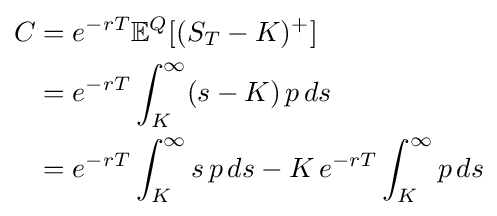
{\begin{aligned}C&=e^{-rT}\mathbb {E} ^{Q}[(S_{T}-K)^{+}]\\&=e^{-rT}\int _{K}^{\infty }(s-K)\,p\,ds\\&=e^{-rT}\int _{K}^{\infty }s\,p\,ds-K\,e^{-rT}\int _{K}^{\infty }p\,ds\end{aligned}}